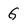
Character: G